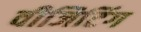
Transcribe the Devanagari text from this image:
वीजिटिंग